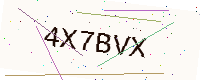
Text: 4X7BVX